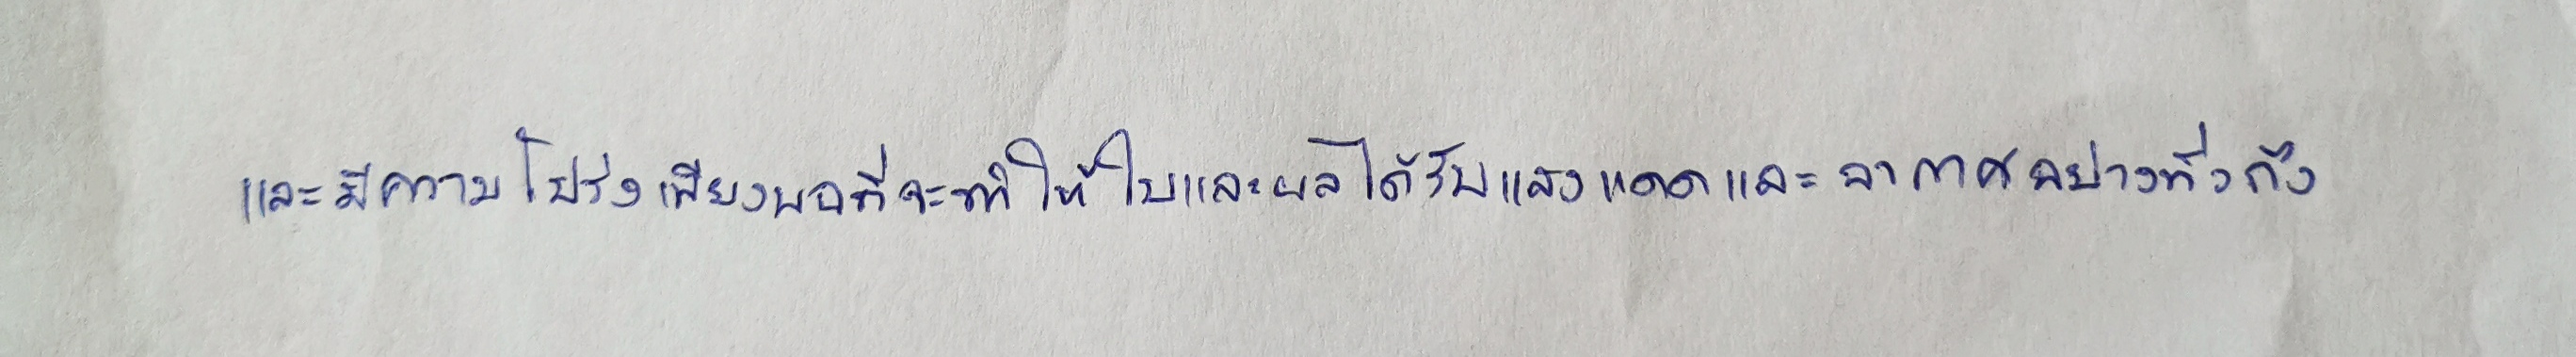
และมีความโปร่งเพียงพอที่จะทำให้ใบและผลได้รับแสงแดดและอากาศอย่างทั่วถึง